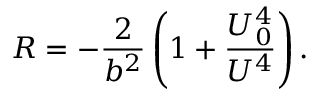
R = - { \frac { 2 } { b ^ { 2 } } } \left( 1 + { \frac { U _ { 0 } ^ { 4 } } { U ^ { 4 } } } \right) .